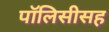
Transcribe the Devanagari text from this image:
पॉलिसीसह